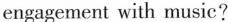
engagement with music?